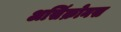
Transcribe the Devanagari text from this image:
असिंक्रोनस